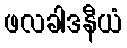
ဖလခါဒနီယံ